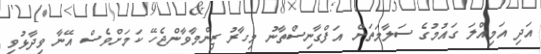
އަދި އަމިއްލަ ގައުމުގެ ސަލާމަތަށް އަފްގާނިސްތާނު މިހާރު ޒިންމާވާންޖެހޭ ކަމަށްވެސް އޭނާ ވިދާޅުވި